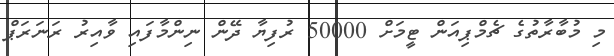
މި މުބާރާތުގެ ޗެމްޕިއަން ޓީމަށް 50000 ރުފިޔާ ދޭން ނިންމާފައި ވާއިރު ރަނަރަޕް